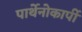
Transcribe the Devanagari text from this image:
पार्थेनोकार्पी